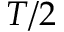
T / 2